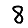
Digit: 8